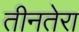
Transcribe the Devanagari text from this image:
तीनतेरा